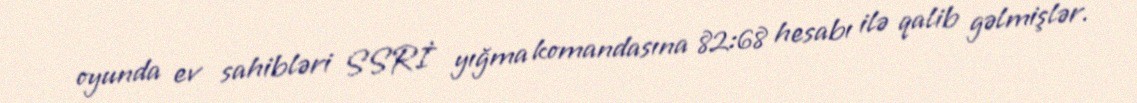
oyunda ev sahibləri SSRİ yığma komandasına 82:68 hesabı ilə qalib gəlmişlər.